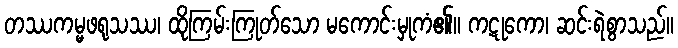
တဿကမ္မဖရုသဿ၊ ထိုကြမ်းကြုတ်သော မကောင်းမှုကံ၏။ ကဋုကော၊ ဆင်းရဲစွာသည်။